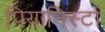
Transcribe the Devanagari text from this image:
पियानिस्टों